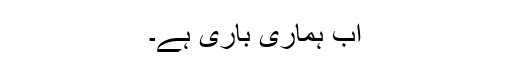
اب ہماری باری ہے۔